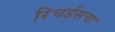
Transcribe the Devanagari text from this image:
रिचर्डसचा